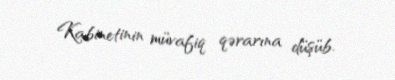
Kabinetinin müvafiq qərarına düşüb.